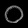
Digit: ၀